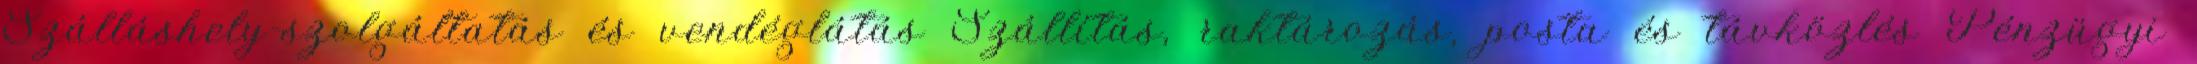
Szálláshely-szolgáltatás és vendéglátás Szállítás, raktározás, posta és távközlés Pénzügyi